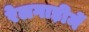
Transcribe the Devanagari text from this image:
रेलगाड़ीमें